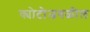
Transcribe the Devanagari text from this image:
क्योटोजवळील